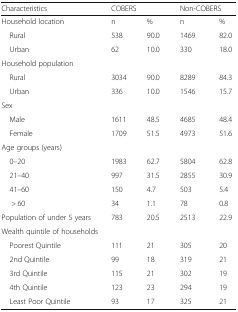
| Characteristics | <COLSPAN=2> COBERS | <COLSPAN=2> Non-COBERS |
 | --- | --- | --- | --- | --- |
 | Household location | n | % | n | % |
 | Rural | 538 | 90.0 | 1469 | 82.0 |
 | Urban | 62 | 10.0 | 330 | 18.0 |
 | <COLSPAN=5> Household population |
 | Rural | 3034 | 90.0 | 8289 | 84.3 |
 | Urban | 336 | 10.0 | 1546 | 15.7 |
 | <COLSPAN=5> Sex |
 | Male | 1611 | 48.5 | 4685 | 48.4 |
 | Female | 1709 | 51.5 | 4973 | 51.6 |
 | <COLSPAN=5> Age groups (years) |
 | 0–20 | 1983 | 62.7 | 5804 | 62.8 |
 | 21–40 | 997 | 31.5 | 2855 | 30.9 |
 | 41–60 | 150 | 4.7 | 503 | 5.4 |
 | > 60 | 34 | 1.1 | 78 | 0.8 |
 | Population of under 5 years | 783 | 20.5 | 2513 | 22.9 |
 | <COLSPAN=5> Wealth quintile of households |
 | Poorest Quintile | 111 | 21 | 305 | 20 |
 | 2nd Quintile | 99 | 18 | 319 | 21 |
 | 3rd Quintile | 115 | 21 | 302 | 19 |
 | 4th Quintile | 123 | 23 | 294 | 19 |
 | Least Poor Quintile | 93 | 17 | 325 | 21 |